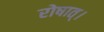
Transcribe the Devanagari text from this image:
रोषात्।